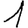
Digit: 1